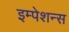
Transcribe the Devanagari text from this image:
इम्पेशन्स